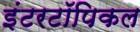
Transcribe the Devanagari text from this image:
इंटरटॉपिकल